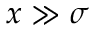
x \gg \sigma